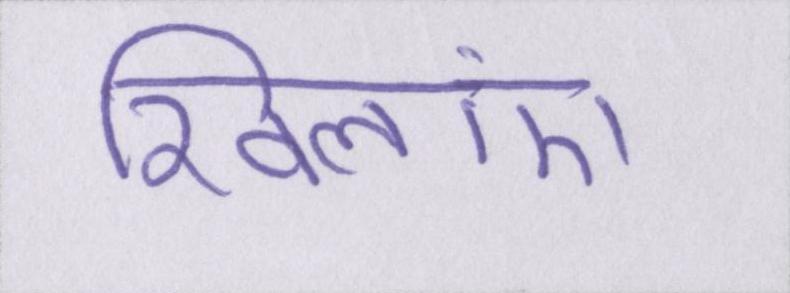
खिलाएं